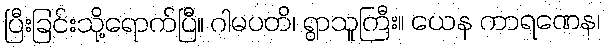
ပြီးခြင်းသို့ရောက်ပြီ။ ဂါမပတိ၊ ရွာသူကြီး။ ယေန ကာရဏေန၊